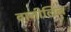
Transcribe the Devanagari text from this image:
वानीलिन